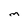
Character: m